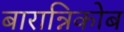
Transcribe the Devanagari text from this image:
बारान्निकोब